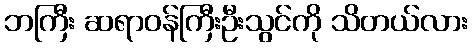
ဘကြီး ဆရာဝန်ကြီးဦးသွင်ကို သိတယ်လား